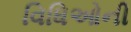
વિધિઓની